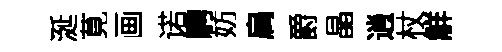
涎莧画诺騁妨扃爵晶逍杖觧